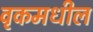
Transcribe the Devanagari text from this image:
वृकमधील